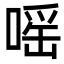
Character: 嗂